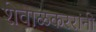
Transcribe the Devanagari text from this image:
शेवाळकररांनी